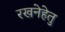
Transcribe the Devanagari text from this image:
रखनेहेतु